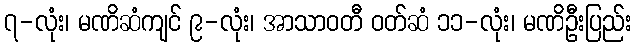
၇-လုံး၊ မဏိဆံကျင် ၉-လုံး၊ အာသာဝတီ ဝတ်ဆံ ၁၁-လုံး၊ မဏိဦးပြည်း